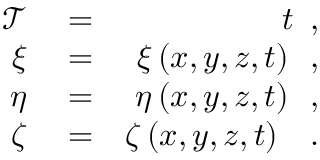
\begin{array} { r l r } { \mathcal { T } } & { { } = } & { t \, \mathrm { ~ , ~ } } \\ { \xi } & { { } = } & { \xi \left( x , y , z , t \right) \, \mathrm { ~ , ~ } } \\ { \eta } & { { } = } & { \eta \left( x , y , z , t \right) \, \mathrm { ~ , ~ } } \\ { \zeta } & { { } = } & { \zeta \left( x , y , z , t \right) \ \, \mathrm { ~ . ~ } } \end{array}